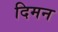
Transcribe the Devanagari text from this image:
दिमन